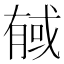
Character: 戫